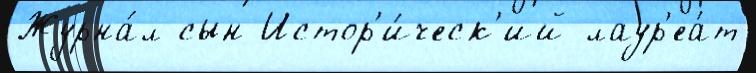
Журна́л сын Истор'и́ческ'ий лаур'еа́т